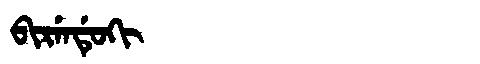
Manchu: ᠪᡳᡵᡝᠨᡩᡠᡴᡳ
Romanization: BIRENDUKI